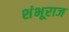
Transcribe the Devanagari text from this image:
शंभूराज